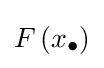
F\left(x_{\bullet }\right)